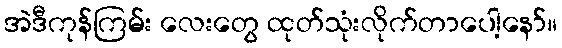
အဲဒီကုန်ကြမ်း လေးတွေ ထုတ်သုံးလိုက်တာပေါ့နော်။